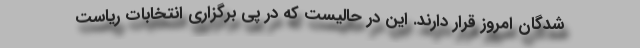
شدگان امروز قرار دارند. این در حالیست که در پی برگزاری انتخابات ریاست